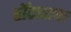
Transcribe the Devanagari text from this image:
हॉटस्टफ